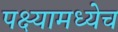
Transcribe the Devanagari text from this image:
पक्ष्यामध्येच